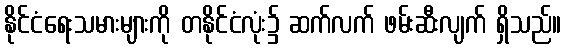
နိုင်ငံရေးသမားများကို တနိုင်ငံလုံး၌ ဆက်လက် ဖမ်းဆီးလျက် ရှိသည်။